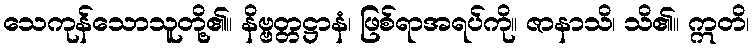
သေကုန်သောသူတို့၏။ နိဗ္ဗတ္တဋ္ဌာနံ၊ ဖြစ်ရာအရပ်ကို။ ဇာနာသိ၊ သိ၏။ ဣတိ၊